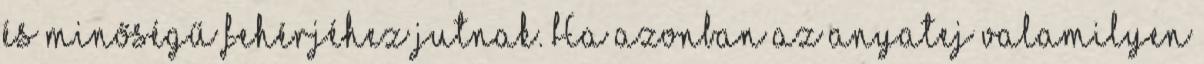
és minőségű fehérjéhez jutnak. Ha azonban az anyatej valamilyen